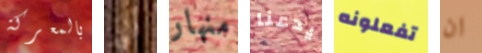
بالمعركة التي منهار يدعنا تفعلونه ان